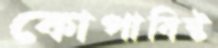
কোপাবিষ্ট